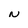
Character: N